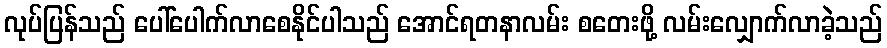
လုပ်ပြန်သည် ပေါ်ပေါက်လာစေနိုင်ပါသည် အောင်ရတနာလမ်း စတေးဖို့ လမ်းလျှောက်လာခဲ့သည်